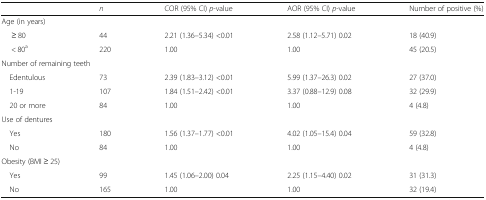
|  | n | COR (95% CI) p-value | AOR (95% CI) p-value | Number of positive (%) |
 | --- | --- | --- | --- | --- |
 | <COLSPAN=5> Age (in years) |
 | ≥ 80 | 44 | 2.21 (1.36–5.34) <0.01 | 2.58 (1.12–5.71) 0.02 | 18 (40.9) |
 | < 80a | 220 | 1.00 | 1.00 | 45 (20.5) |
 | <COLSPAN=5> Number of remaining teeth |
 | Edentulous | 73 | 2.39 (1.83–3.12) <0.01 | 5.99 (1.37–26.3) 0.02 | 27 (37.0) |
 | 1-19 | 107 | 1.84 (1.51–2.42) <0.01 | 3.37 (0.88–12.9) 0.08 | 32 (29.9) |
 | 20 or more | 84 | 1.00 | 1.00 | 4 (4.8) |
 | <COLSPAN=5> Use of dentures |
 | Yes | 180 | 1.56 (1.37–1.77) <0.01 | 4.02 (1.05–15.4) 0.04 | 59 (32.8) |
 | No | 84 | 1.00 | 1.00 | 4 (4.8) |
 | <COLSPAN=5> Obesity (BMI ≥ 25) |
 | Yes | 99 | 1.45 (1.06–2.00) 0.04 | 2.25 (1.15–4.40) 0.02 | 31 (31.3) |
 | No | 165 | 1.00 | 1.00 | 32 (19.4) |